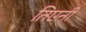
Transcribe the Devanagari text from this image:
तिएनी